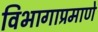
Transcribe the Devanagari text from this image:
विभागाप्रमाणे